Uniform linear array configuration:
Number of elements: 48
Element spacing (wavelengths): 0.25
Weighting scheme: kaiser
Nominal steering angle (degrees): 30
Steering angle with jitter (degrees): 28.034
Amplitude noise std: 0.05
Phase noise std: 0.05

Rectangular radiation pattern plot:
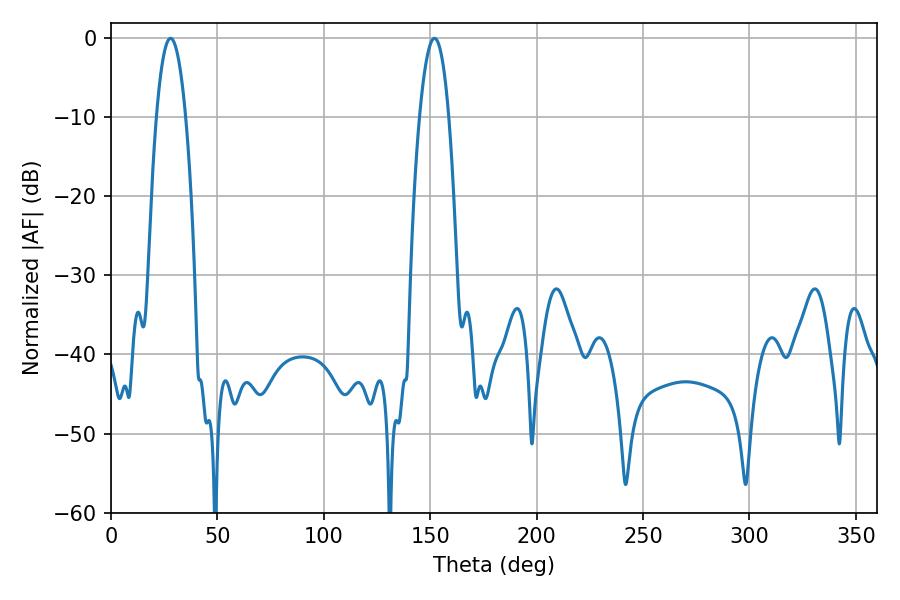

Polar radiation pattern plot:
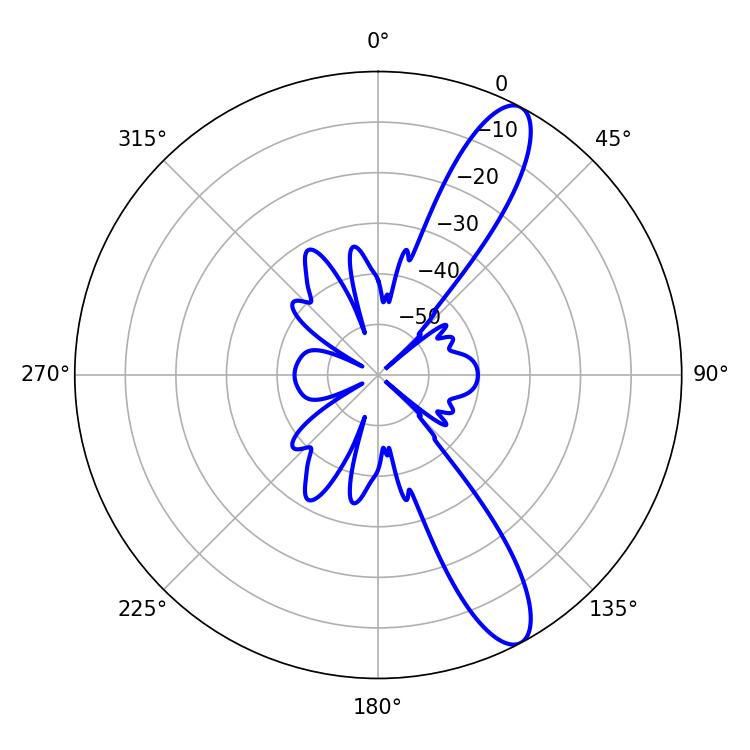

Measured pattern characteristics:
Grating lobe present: FALSE
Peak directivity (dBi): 11.743
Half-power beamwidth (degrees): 7.56
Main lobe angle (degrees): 28.08